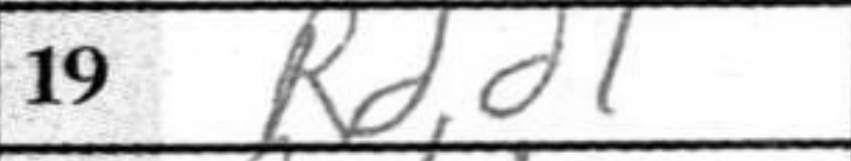
Transcription: Rdd1